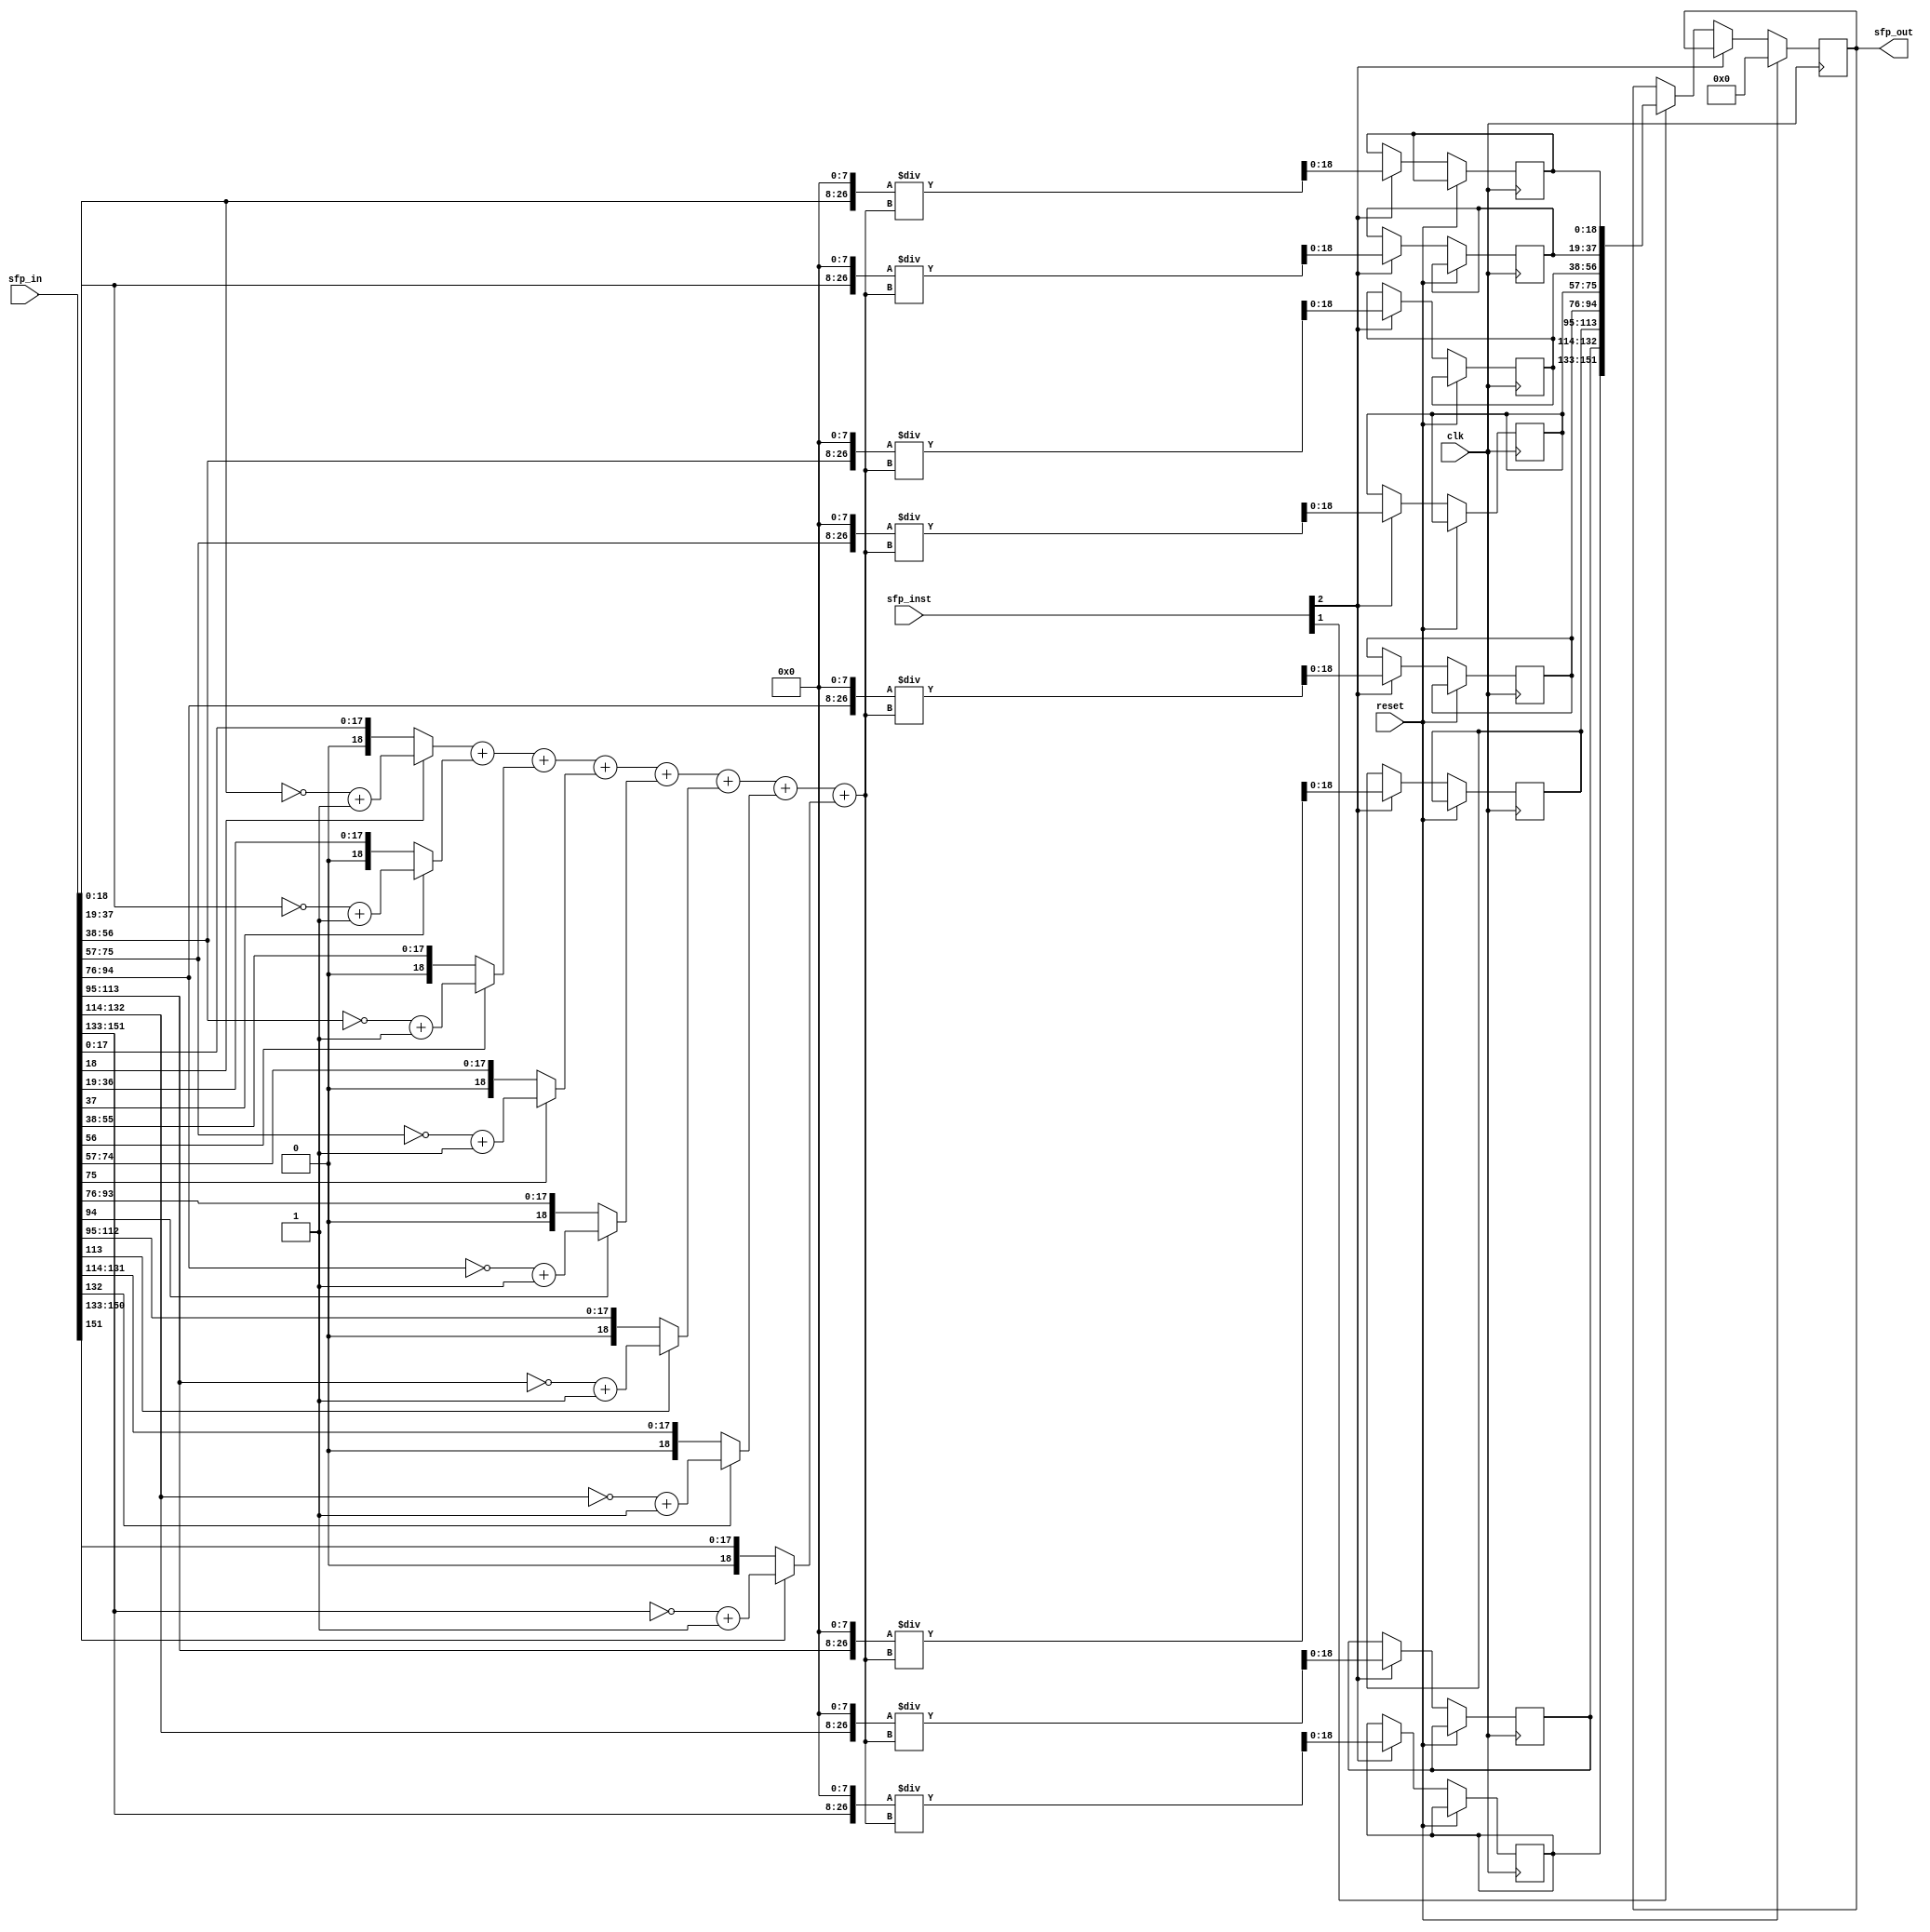
// Created by prof. Mingu Kang @VVIP Lab in UCSD ECE department
// Please do not spread this code without permission 
module sfp_row(clk, sfp_inst, sfp_in, sfp_out, reset);
  parameter col = 8;
  parameter bw = 8;
  parameter bw_psum = 2*bw+3;

  input  clk;
  input [2:0] sfp_inst; // sfp_inst[0] fetch, sfp_inst[1] write back, sfp_inst[2] division
  input  [col*bw_psum-1:0] sfp_in;
  input reset;
  wire  [col*bw_psum-1:0] abs;
  output reg [col*bw_psum-1:0] sfp_out;
  wire signed [bw_psum-1:0] sfp_in_sign0;
  wire signed [bw_psum-1:0] sfp_in_sign1;
  wire signed [bw_psum-1:0] sfp_in_sign2;
  wire signed [bw_psum-1:0] sfp_in_sign3;
  wire signed [bw_psum-1:0] sfp_in_sign4;
  wire signed [bw_psum-1:0] sfp_in_sign5;
  wire signed [bw_psum-1:0] sfp_in_sign6;
  wire signed [bw_psum-1:0] sfp_in_sign7;


  reg signed [bw_psum-1:0] sfp_out_sign0;
  reg signed [bw_psum-1:0] sfp_out_sign1;
  reg signed [bw_psum-1:0] sfp_out_sign2;
  reg signed [bw_psum-1:0] sfp_out_sign3;
  reg signed [bw_psum-1:0] sfp_out_sign4;
  reg signed [bw_psum-1:0] sfp_out_sign5;
  reg signed [bw_psum-1:0] sfp_out_sign6;
  reg signed [bw_psum-1:0] sfp_out_sign7;

  wire fetch, div, write_back;
  wire[21:0] sum;
	
  assign fetch = sfp_inst[0];
  assign write_back = sfp_inst[1];
  assign div = sfp_inst[2];

  assign sfp_in_sign0 =  sfp_in[bw_psum*1-1 : bw_psum*0];
  assign sfp_in_sign1 =  sfp_in[bw_psum*2-1 : bw_psum*1];
  assign sfp_in_sign2 =  sfp_in[bw_psum*3-1 : bw_psum*2];
  assign sfp_in_sign3 =  sfp_in[bw_psum*4-1 : bw_psum*3];
  assign sfp_in_sign4 =  sfp_in[bw_psum*5-1 : bw_psum*4];
  assign sfp_in_sign5 =  sfp_in[bw_psum*6-1 : bw_psum*5];
  assign sfp_in_sign6 =  sfp_in[bw_psum*7-1 : bw_psum*6];
  assign sfp_in_sign7 =  sfp_in[bw_psum*8-1 : bw_psum*7];




  assign abs[bw_psum*1-1 : bw_psum*0] = (sfp_in[bw_psum*1-1]) ?  (~sfp_in[bw_psum*1-1 : bw_psum*0] + 1)  :  sfp_in[bw_psum*1-1 : bw_psum*0];
  assign abs[bw_psum*2-1 : bw_psum*1] = (sfp_in[bw_psum*2-1]) ?  (~sfp_in[bw_psum*2-1 : bw_psum*1] + 1)  :  sfp_in[bw_psum*2-1 : bw_psum*1];
  assign abs[bw_psum*3-1 : bw_psum*2] = (sfp_in[bw_psum*3-1]) ?  (~sfp_in[bw_psum*3-1 : bw_psum*2] + 1)  :  sfp_in[bw_psum*3-1 : bw_psum*2];
  assign abs[bw_psum*4-1 : bw_psum*3] = (sfp_in[bw_psum*4-1]) ?  (~sfp_in[bw_psum*4-1 : bw_psum*3] + 1)  :  sfp_in[bw_psum*4-1 : bw_psum*3];
  assign abs[bw_psum*5-1 : bw_psum*4] = (sfp_in[bw_psum*5-1]) ?  (~sfp_in[bw_psum*5-1 : bw_psum*4] + 1)  :  sfp_in[bw_psum*5-1 : bw_psum*4];
  assign abs[bw_psum*6-1 : bw_psum*5] = (sfp_in[bw_psum*6-1]) ?  (~sfp_in[bw_psum*6-1 : bw_psum*5] + 1)  :  sfp_in[bw_psum*6-1 : bw_psum*5];
  assign abs[bw_psum*7-1 : bw_psum*6] = (sfp_in[bw_psum*7-1]) ?  (~sfp_in[bw_psum*7-1 : bw_psum*6] + 1)  :  sfp_in[bw_psum*7-1 : bw_psum*6];
  assign abs[bw_psum*8-1 : bw_psum*7] = (sfp_in[bw_psum*8-1]) ?  (~sfp_in[bw_psum*8-1 : bw_psum*7] + 1)  :  sfp_in[bw_psum*8-1 : bw_psum*7];

assign sum = {3'b0, abs[bw_psum*1-1 : bw_psum*0]} +
         {3'b0, abs[bw_psum*2-1 : bw_psum*1]} +
         {3'b0, abs[bw_psum*3-1 : bw_psum*2]} +
          {3'b0, abs[bw_psum*4-1 : bw_psum*3]} +
           {3'b0, abs[bw_psum*5-1 : bw_psum*4]} +
           {3'b0, abs[bw_psum*6-1 : bw_psum*5]} +
           {3'b0, abs[bw_psum*7-1 : bw_psum*6]} +
           {3'b0, abs[bw_psum*8-1 : bw_psum*7]} ;


  always @(posedge clk) begin
  	if(reset) begin
		sfp_out <= 0;	
	end

	else begin

		 if(div) begin
			sfp_out_sign0 <= {sfp_in_sign0,8'b0000_0000} / sum;
           		sfp_out_sign1 <= {sfp_in_sign1,8'b0000_0000} / sum;
           		sfp_out_sign2 <= {sfp_in_sign2,8'b0000_0000} / sum;
           		sfp_out_sign3 <= {sfp_in_sign3,8'b0000_0000} / sum;
           		sfp_out_sign4 <= {sfp_in_sign4,8'b0000_0000} / sum;
           		sfp_out_sign5 <= {sfp_in_sign5,8'b0000_0000} / sum;
           		sfp_out_sign6 <= {sfp_in_sign6,8'b0000_0000} / sum;
           		sfp_out_sign7 <= {sfp_in_sign7,8'b0000_0000} / sum;
		end
		else if(write_back) begin
			sfp_out <= {sfp_out_sign7, 
				sfp_out_sign6, 
				sfp_out_sign5, 
				sfp_out_sign4, 
				sfp_out_sign3, 
				sfp_out_sign2, 
				sfp_out_sign1, 
				sfp_out_sign0};
		end
	end
  end


endmodule